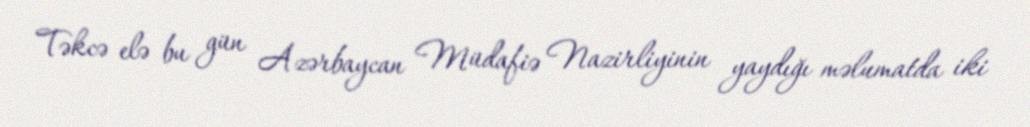
Təkcə elə bu gün Azərbaycan Müdafiə Nazirliyinin yaydığı məlumatda iki